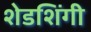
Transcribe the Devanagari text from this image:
शेडशिंगी